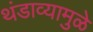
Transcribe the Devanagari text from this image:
थंडाव्यामुळे